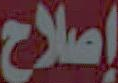
إصلاح